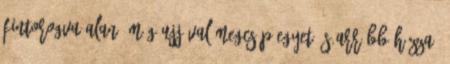
fintorogva Alan, míg ujjával megcsíp egyet és arrébb húzza,